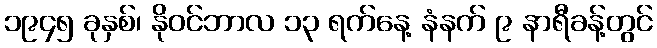
၁၉၄၅ ခုနှစ်၊ နိုဝင်ဘာလ ၁၃ ရက်နေ့ နံနက် ၉ နာရီခန့်တွင်